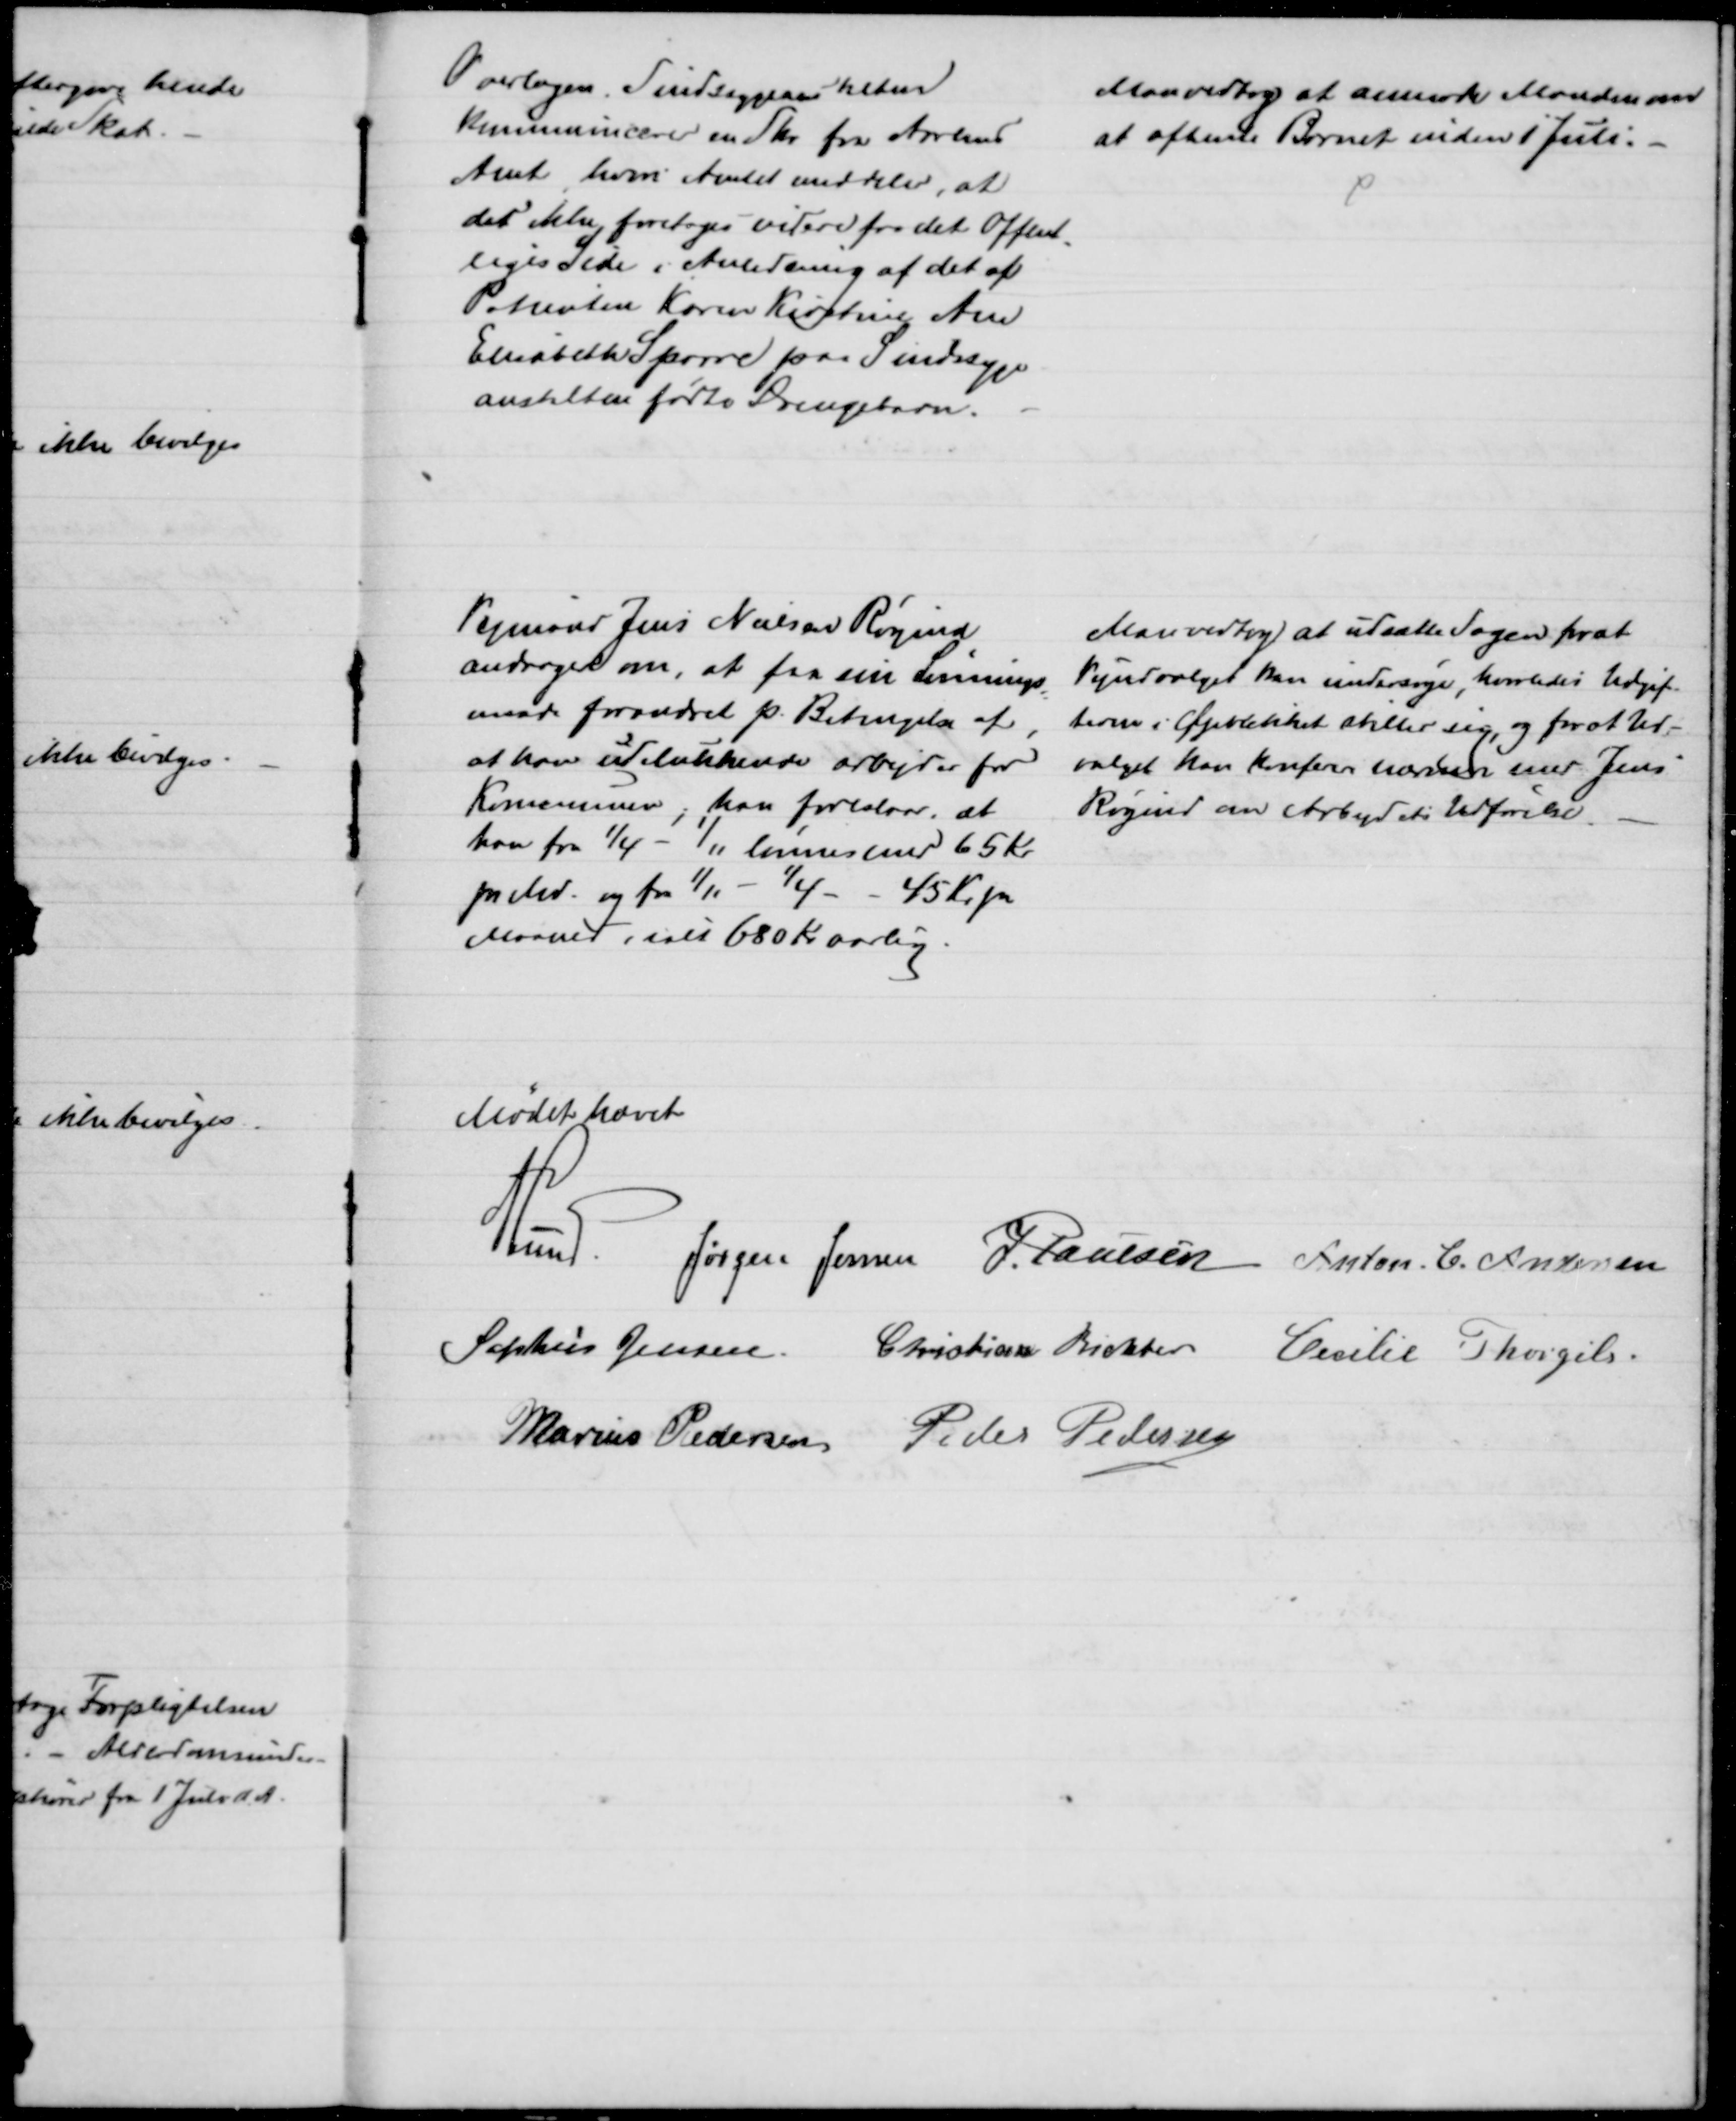
Transskription:
Overlægen, Sindssygeanstalten
kommunicerer en Skr fra Aarhus
Amt, hvori Amtet meddeler, at
der ikke foretages videre fra det Offent-
liges Side i Anledning af det af
Patienten Karen Kirstine Ane
Elisabeth Sparre paa Sindssyge-
anstalten fødte Drengebarn.
Man vedtog at anmode Manden om
at afhente Barnet inden 1 Juli.
Vejmand Jens Nielsen Røgind
andrager om, at faa sin Lønnings
=
maade forandret p. Betingelse af,
at han udelukkende arbejder for
Kommunen; han foreslaar, at
han fra 1/4 - 1/11 løinnes med 65 Kr.
pr Md. og fra 1/11 - 1/4 - - 45 Kr. pr
Maaned, ialt 680 Kr aarlig.
Man vedtog at udsætte Sagen for at
Vejudvalget kan undersøge, hvorledes Udgif-
terne i Øjeblikket stiller sig, og for at Ud-
valget kan konferer nærmer med Jens
Røgind om Arbejdets Udførelse.
Mødet hævet
A Lund. Jørgen Jensen J. Poulsen Anton C. Andersen
Sophus Jensen Christian Richter
Cecilie Thorgils.
Marius Pedersen Peder Pedersen